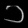
Digit: ၁